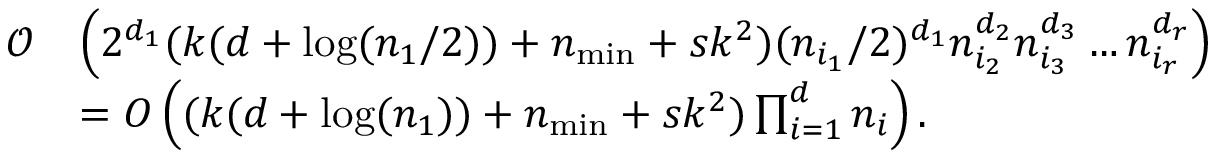
\begin{array} { r l } { \mathcal O } & { \left( 2 ^ { d _ { 1 } } ( k ( d + \log ( n _ { 1 } / 2 ) ) + n _ { \operatorname* { m i n } } + s k ^ { 2 } ) ( n _ { i _ { 1 } } / 2 ) ^ { d _ { 1 } } n _ { i _ { 2 } } ^ { d _ { 2 } } n _ { i _ { 3 } } ^ { d _ { 3 } } \dots n _ { i _ { r } } ^ { d _ { r } } \right) } \\ & { = O \left( ( k ( d + \log ( n _ { 1 } ) ) + n _ { \operatorname* { m i n } } + s k ^ { 2 } ) \prod _ { i = 1 } ^ { d } n _ { i } \right) . } \end{array}